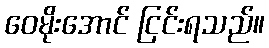
ဝေမိုးအောင် ငြင်းရသည်။